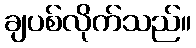
ချပစ်လိုက်သည်။